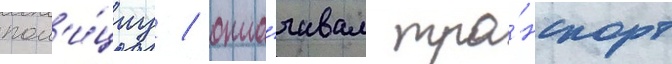
пол'и́циу / опла́чивал тра́нспорт